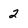
Character: 2